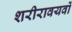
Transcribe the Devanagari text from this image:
शरीरावयवों